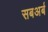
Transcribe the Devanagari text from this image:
सबअर्ब